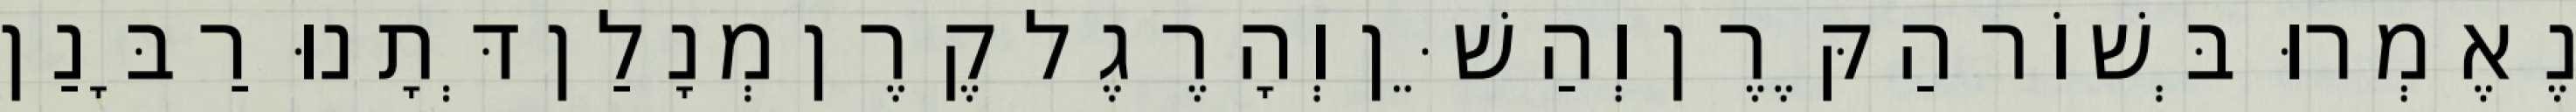
נֶאֶמְרוּ בְּשׁוֹר הַקֶּרֶן וְהַשֵּׁן וְהָרֶגֶל קֶרֶן מְנָלַן דְּתָנוּ רַבָּנַן